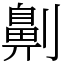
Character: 劓